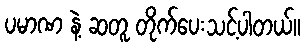
ပမာဏ နဲ့ ဆတူ တိုက်ပေးသင့်ပါတယ်။